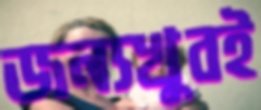
জন্যখুবই